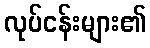
လုပ်ငန်းများ၏